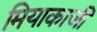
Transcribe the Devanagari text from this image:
मियाकाजी